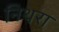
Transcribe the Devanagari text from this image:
निथरा